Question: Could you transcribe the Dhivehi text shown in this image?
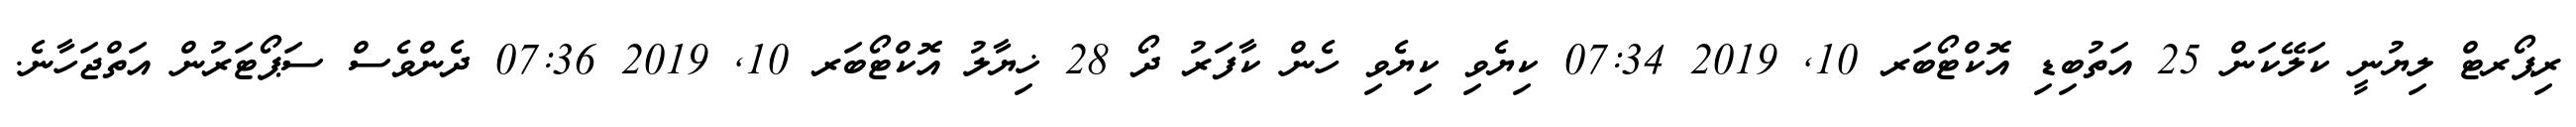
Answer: ރިޕޯރޓް ލިޔުނީ ކަލޭކަން 25 އަތުބިޑި އޮކްޓޯބަރ 10, 2019 07:34 ކިޔެވި ކިޔެވި ހެން ކާފަރު ދޯ 28 ޚިޔާލު އޮކްޓޯބަރ 10, 2019 07:36 ދެންވެސް ސަޕޯޓަރުން އަތްޖަހާނެ.